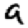
Digit: 9